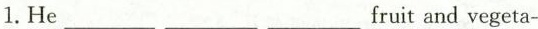
1. He ___ ___ ___ fruit and vegeta-